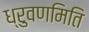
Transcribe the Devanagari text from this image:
ध्रुवणमिति